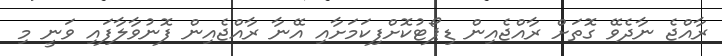
ރާއްޖެ ނާދެވޭ ގޮތަށް ރާއްޖެއިން ޑިޕޯޓުކޮށްފިކަމަށާއި އޭނާ ރާއްޖެއިން ފޮނުވާލާފައި ވަނީ މި